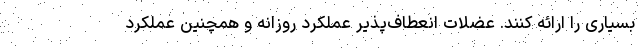
بسیاری را ارائه کنند. عضلات انعطاف‌پذیر عملکرد روزانه و همچنین عملکرد